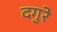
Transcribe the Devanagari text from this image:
दगुरे